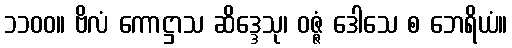
၁၁၀၀။ ဗိလံ ကောဋ္ဌာသ ဆိဒ္ဒေသု၊ ဝဇ္ဇံ ဒေါသေ စ ဘေရိယံ။